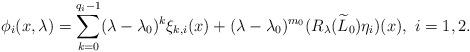
LaTeX: \begin{align*}\phi _{i}(x,\lambda )=\sum_{k=0}^{q_{i}-1}(\lambda -\lambda _{0})^{k}\xi_{k,i}(x)+(\lambda -\lambda _{0})^{m_{0}}(R_{\lambda }(\widetilde{L}_{0})\eta _{i})(x),\ i=1,2.\end{align*}